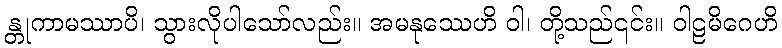
န္တုကာမဿာပိ၊ သွားလိုပါသော်လည်း။ အမနုဿေဟိ ဝါ၊ တို့သည်၎င်း။ ဝါဠမိဂေဟိ